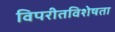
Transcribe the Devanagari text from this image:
विपरीतविशेषता